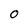
Character: 0